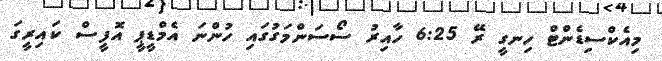
މިއެކްސިޑެންޓް ހިނގީ ރޭ 6:25 ހާއިރު ސޯސަންމަގުގައި ހުންނަ އެމްޑީޕީ އޮފީސް ކައިރީގަ